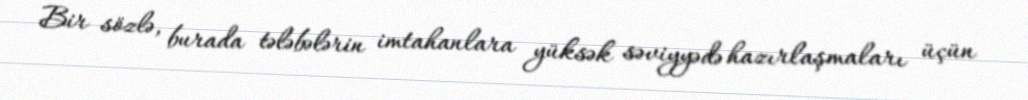
Bir sözlə, burada tələbələrin imtahanlara yüksək səviyyədə hazırlaşmaları üçün